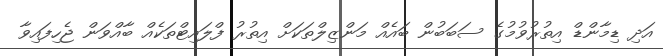
އަދި ޑިމާންޑް އިތުރުވުމުގެ ސަބަބުން ބައެއް މަންޒިލްތަކަށް އިތުރު ފްލައިޓްތަކެއް ބާއްވަން ޖެހިފައިވާ